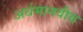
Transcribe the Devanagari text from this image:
अर्धमानवीय